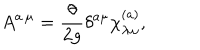
LaTeX: A ^ { a \, \mu } = \frac { \theta } { 2 g } \delta ^ { a \mu } \chi _ { \lambda \omega } ^ { ( a ) } ,